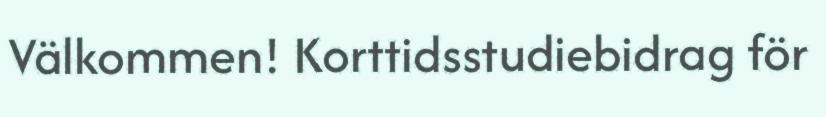
Välkommen! Korttidsstudiebidrag för